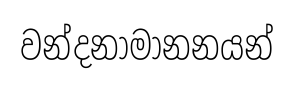
වන්දනාමානනයන්